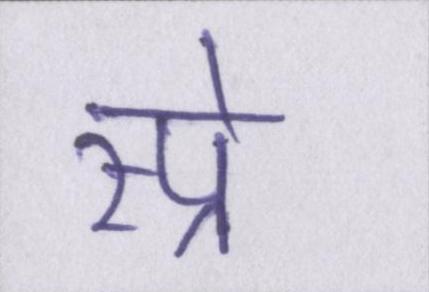
स्प्रे